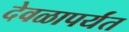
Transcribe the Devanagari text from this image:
देवळापर्यंत